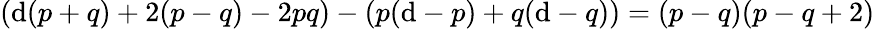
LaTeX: \left(\mathrm{d}(p+q)+2(p-q)-2pq\right)-\left(p(\mathrm{d}-p)+q(\mathrm{d}-q)\right)=(p-q)(p-q+2)